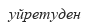
уйретуден